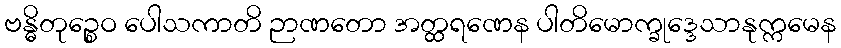
ဗန္ဓိတုဉ္စေဝ ပေါသကာတိ ဉာဏတော အတ္ထရဏေန ပါတိမောက္ခုဒ္ဒေသာနုက္ကမေန